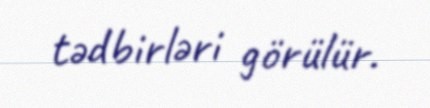
tədbirləri görülür.